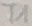
Text: T1